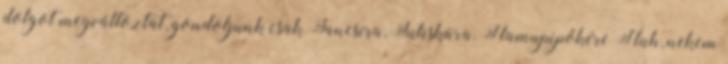
dolgot megváltoztat, gondoljunk csak Jancsira, Juliskára, Hamupipőkére Huh, nekem